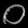
Digit: ၀